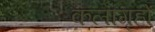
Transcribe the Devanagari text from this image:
कलागृहों